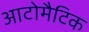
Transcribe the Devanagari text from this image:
आटोमैटिक